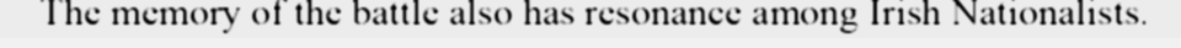
The memory of the battle also has resonance among Irish Nationalists.